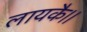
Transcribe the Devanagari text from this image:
लायकै।।